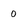
Character: 0